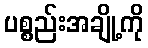
ပစ္စည်းအချို့ကို